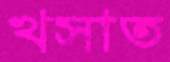
খসাত